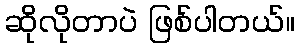
ဆိုလိုတာပဲ ဖြစ်ပါတယ်။